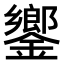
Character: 𨬽